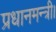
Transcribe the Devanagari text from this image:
प्रधानमन्त्री।